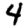
Digit: 4